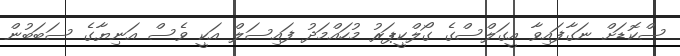
ސްކޮޑަށް ނަގާފައިވާ އީގަލްސްގެ ގޯލްކީޕަރު މުހައްމަދު ފައިސަލް އަކީ ވެސް އަނިޔާގެ ސަބަބުން